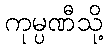
ကုမ္ပဏီသို့